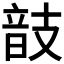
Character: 𢻕